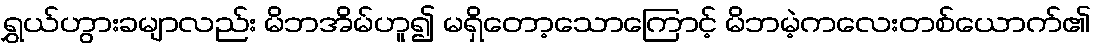
ရွှယ်ဟွားခမျာလည်း မိဘအိမ်ဟူ၍ မရှိတော့သောကြောင့် မိဘမဲ့ကလေးတစ်ယောက်၏